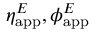
\eta _ { \mathrm { a p p } } ^ { E } , \phi _ { \mathrm { a p p } } ^ { E }